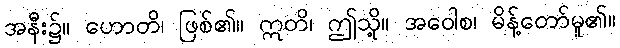
အနီး၌။ ဟောတိ၊ ဖြစ်၏။ ဣတိ၊ ဤသို့။ အဝေါစ၊ မိန့်တော်မူ၏။